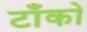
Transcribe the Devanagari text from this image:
टाँको